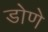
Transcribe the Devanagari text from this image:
डोणे